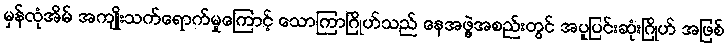
မှန်လုံအိမ် အကျိုးသက်ရောက်မှုကြောင့် သောကြာဂြိုဟ်သည် နေအဖွဲ့အစည်းတွင် အပူပြင်းဆုံးဂြိုဟ် အဖြစ်